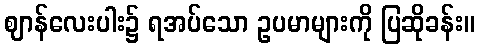
ဈာန်လေးပါး၌ ရအပ်သော ဥပမာများကို ပြဆိုခန်း။